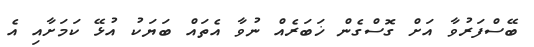
ބޭސްފަރުވާ އަށް ގޮސްގެން ޚަބަރެއް ނުވާ އެތައް ބަޔަކު އުޅޭ ކަމަށާއި އެ